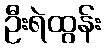
ဦးရဲထွန်း